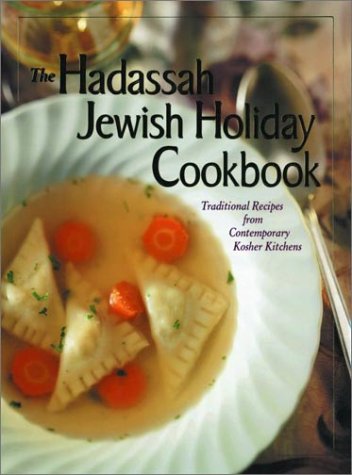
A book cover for Hadassah Jewish Holiday Cookbook; Cookbooks, Food & Wine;